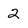
Character: 2